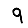
Digit: 9